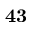
\bf { 4 3 }